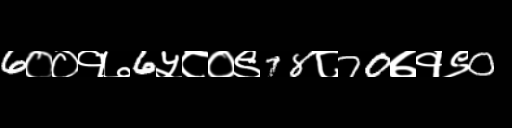
Text: 6००१७6५८०९78८70७१९0